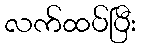
လက်ထပ်ပြီး